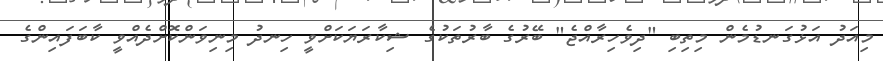
މިއަދު އަޅުގަނޑުމެން މިތިބި "ދިވެހިރާއްޖެ" ބޭރުގެ ބާރުތަކުގެ ޝިކާރަޔަކަށްވީ ހިނދު މިނިވަންކޮށްދެއްވީ ކާބަފައިންގެ